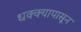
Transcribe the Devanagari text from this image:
धक्क्यापासून